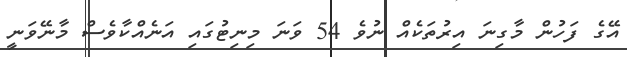
އޭގެ ފަހުން މާގިނަ އިރުތަކެއް ނުވެ 54 ވަަނަ މިނިޓުގައި އަނެއްކާވެސް މާނޭވަނީ